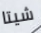
شيتا